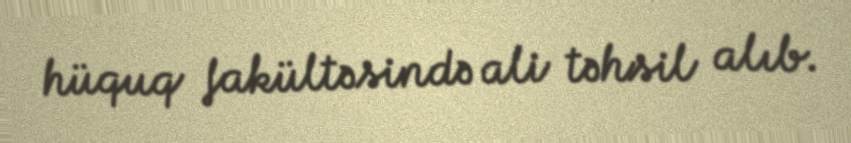
hüquq fakültəsində ali təhsil alıb.